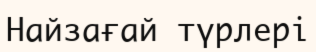
Найзағай түрлері